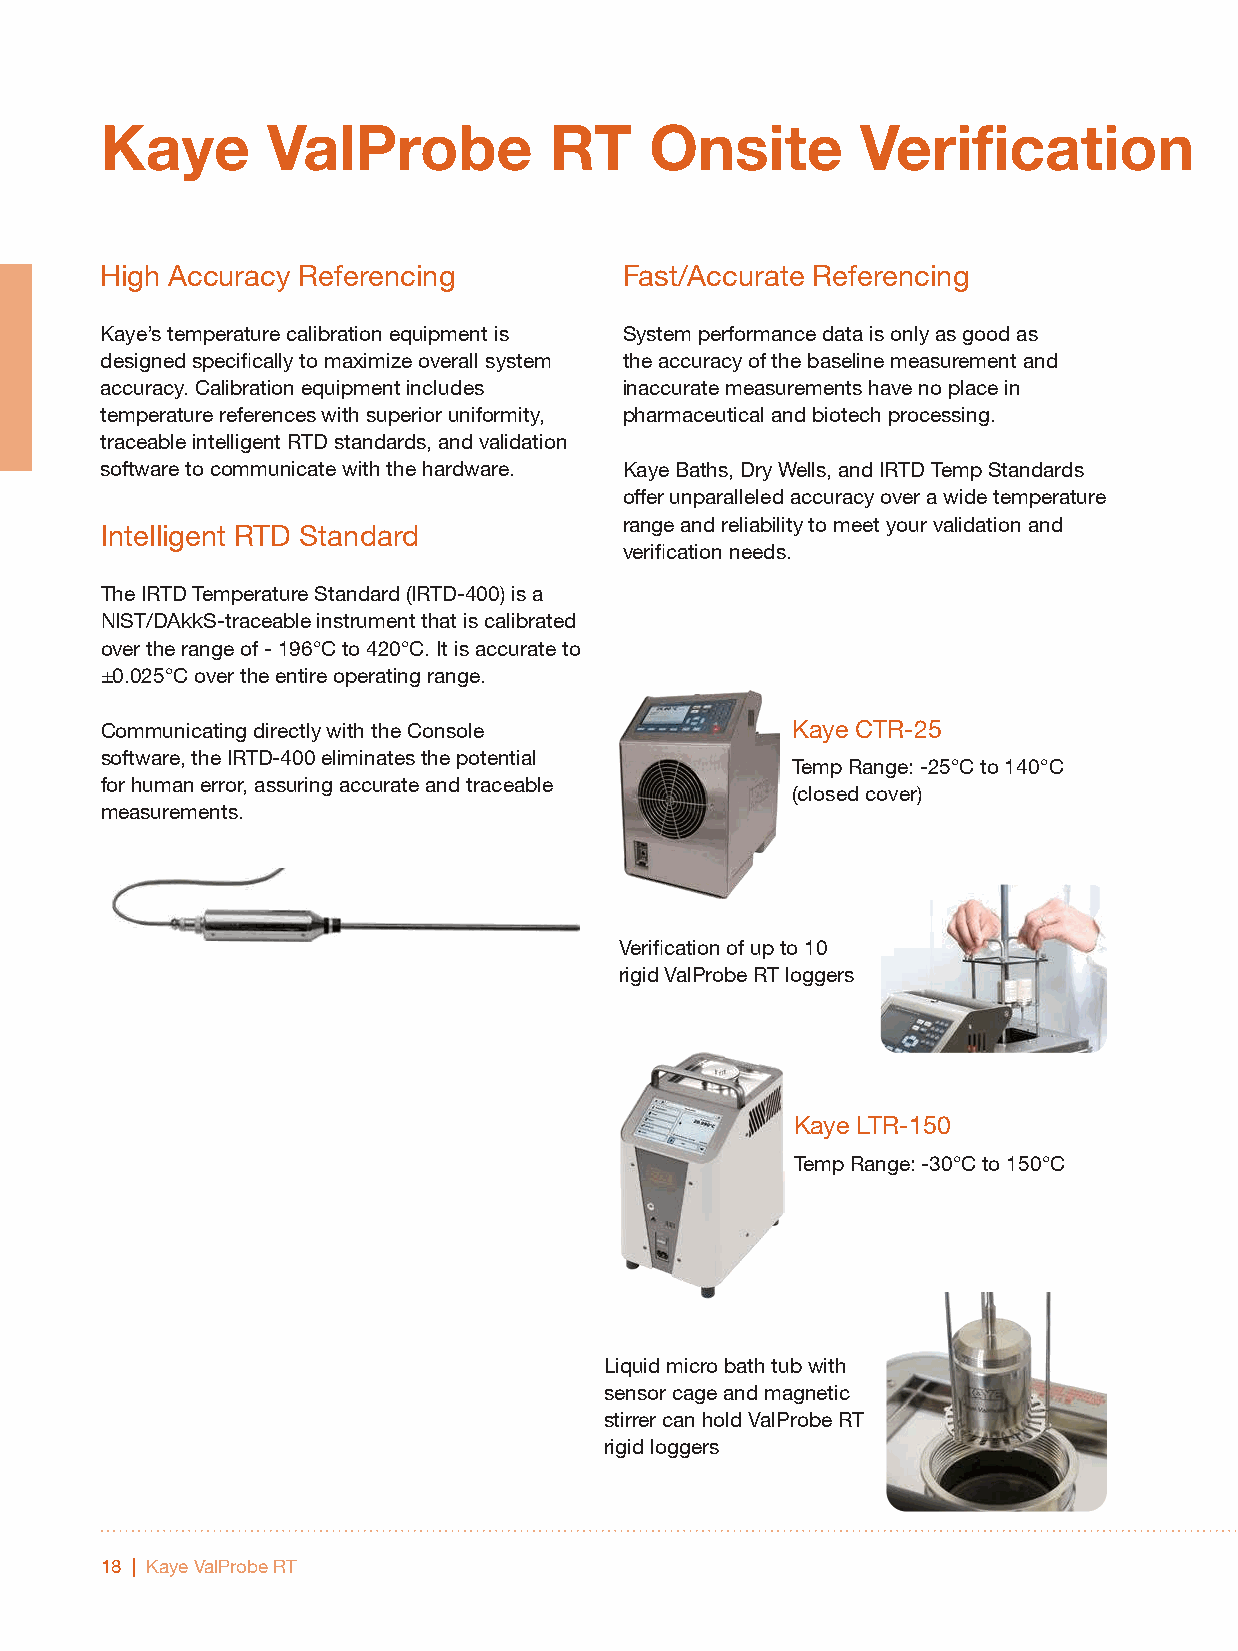
Kaye       ValProbe          RT     Onsite        Verification
 High Accuracy Referencing         Fast/Accurate Referencing
 Kaye’s temperature calibration equipment is System performance data is only as good as
 designed specifically to maximize overall system the accuracy of the baseline measurement and
 accuracy. Calibration equipment includes inaccurate measurements have no place in
 temperature references with superior uniformity, pharmaceutical and biotech processing.
 traceable intelligent RTD standards, and validation
 software to communicate with the hardware. Kaye Baths, Dry Wells, and IRTD Temp Standards
 offer unparalleled accuracy over a wide temperature
 range and reliability to meet your validation and
 Intelligent RTD Standard
 verification needs.
 The IRTD Temperature Standard (IRTD-400) is a
 NIST/DAkkS-traceable instrument that is calibrated
 over the range of - 196°C to 420°C. It is accurate to
 ±0.025°C over the entire operating range.
 Communicating directly with the Console      Kaye CTR-25
 software, the IRTD-400 eliminates the potential
 Temp Range: -25°C to 140°C
 for human error, assuring accurate and traceable
 (closed cover)
 measurements.
 Verification of up to 10
 rigid ValProbe RT loggers
 Kaye LTR-150
 Temp Range: -30°C to 150°C
 Liquid micro bath tub with
 sensor cage and magnetic
 stirrer can hold ValProbe RT
 rigid loggers
 18 | Kaye ValProbe RT